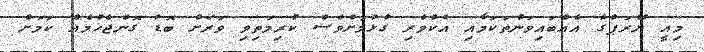
މިއީ ޔޫރަޕްގެ އެއްބައިވަންތަކަމާއި އެކުވެރި ގުޅުމަށްވެސް ކުރިމަތިވި ވަރަށް ބޮޑު ގޮންޖެހުމެއް ކަމަށް